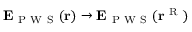
\mathbf { E } _ { \mathrm { ~ P ~ W ~ S ~ } } ( \mathbf { r } ) \to \mathbf { E } _ { \mathrm { ~ P ~ W ~ S ~ } } ( \mathbf { r } ^ { \mathrm { ~ R ~ } } )